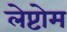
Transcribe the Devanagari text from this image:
लेप्टोम